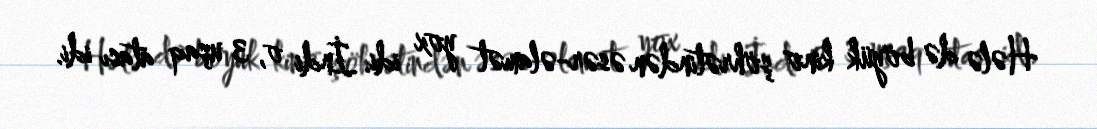
Hələ də böyük kino şöhrətindən əsər-əlamət yox idi. İndi o, 3 uşaq atası idi.